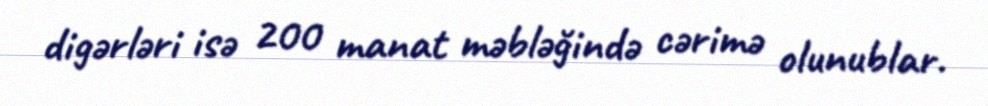
digərləri isə 200 manat məbləğində cərimə olunublar.